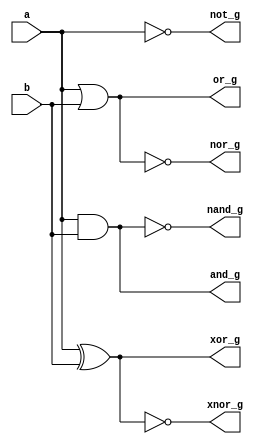
`timescale 1ns / 1ps
module behav_model(
    input a, b,
    output reg and_g,
    output reg or_g,
    output reg not_g,
    output reg nand_g,
    output reg nor_g,
    output reg xor_g,
    output reg xnor_g);
    always@(*)
        begin
            and_g = a&b;
            or_g = a|b;
            not_g = ~a;
            nand_g = ~(a&b);
            nor_g = ~(a|b);
            xor_g = a^b;
            xnor_g = ~(a^b);
        end 
endmodule